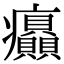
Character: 𤼟